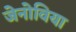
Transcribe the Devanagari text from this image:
जेनोविया